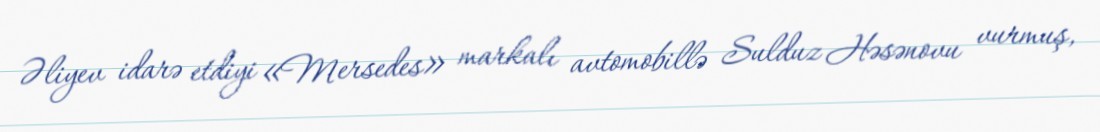
Əliyev idarə etdiyi «Mersedes» markalı avtomobillə Sulduz Həsənovu vurmuş,